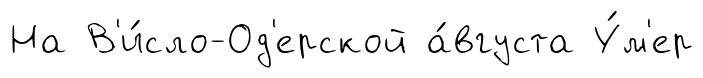
На В'и́сло-Од'ерской а́вгуста У́м'ер